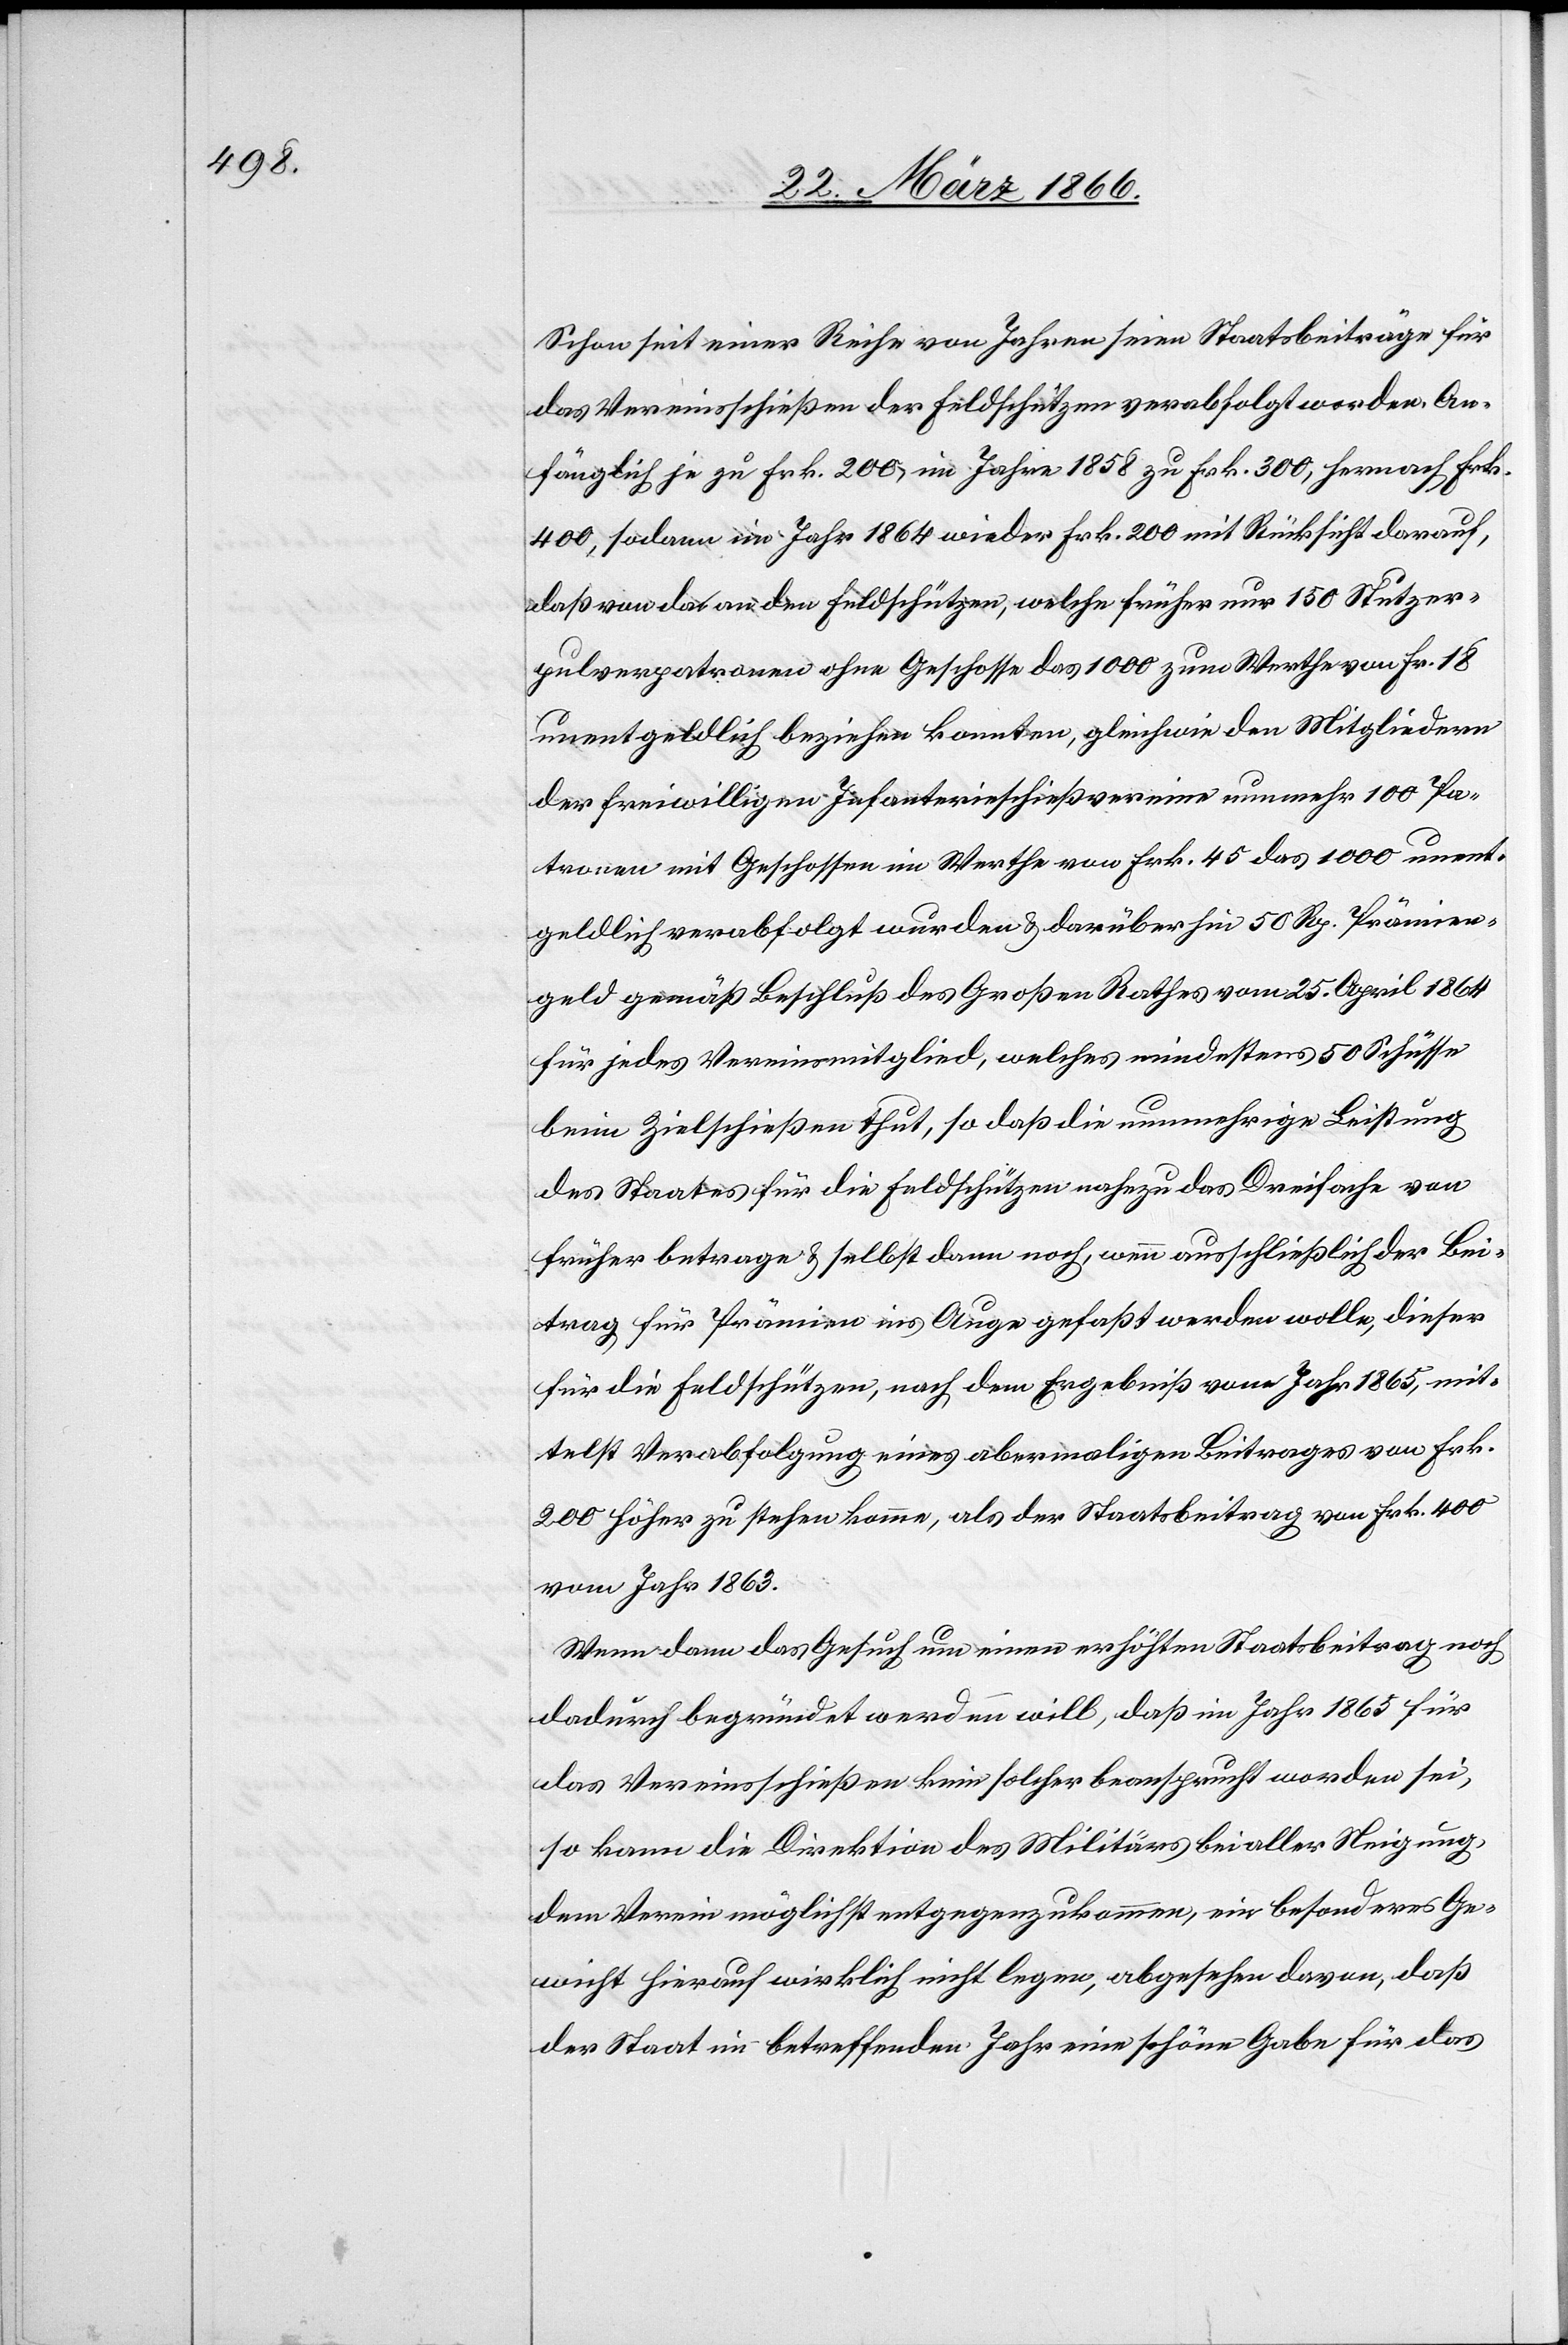
Schon seit einer Reihe von Jahren seien Staatsbeiträge für
das Vereinsschießen der Feldschützen verabfolgt worden. An¬
fänglich je zu Frk. 200, im Jahre 1858 zu Frk. 300, hernach Frk.
400, sodann im Jahr 1864 wieder Frk. 200 mit Rücksicht darauf,
daß von da an den Feldschützen, welche früher nur 150 Stutzer¬
pulverpatronen ohne Geschosse das 1000 zum Werthe von Fr. 18
unentgeltlich beziehen konnten, gleichwie den Mitgliedern
der freiwilligen Infanterieschießvereine nunmehr 100 Pa¬
tronen mit Geschossen im Werthe von Frk. 45 das 1000 unent¬
geltlich verabfolgt wurden u. darüber hin 50 Rp. Prämien¬
geld gemäß Beschluß des Großen Rathes vom 25. April 1864
für jedes Vereinsmitglied, welches mindestens 50 Schüsse
beim Zielschießen thut, so daß die nunmehrige Leistung
des Staates für die Feldschützen nahezu das Dreifache von
früher betrage u. selbst dann noch, wenn ausschließlich der Bei¬
trag für Prämien ins Auge gefaßt werden wolle, dieser
für die Feldschützen, nach dem Ergebniß vom Jahr 1865, mit¬
telst Verabfolgung eines abermaligen Beitrages von Frk.
200 höher zu stehen komme, als der Staatsbeitrag von Frk. 400
vom Jahr 1863.
Wenn dann das Gesuch um einen erhöhten Staatsbeitrag noch
dadurch begründet werden will, daß im Jahr 1865 für
das Vereinsschießen kein solcher beansprucht worden sei,
so kann die Direktion des Militärs bei aller Neigung,
dem Verein möglichst entgegenzukommen, ein besonderes Ge¬
wicht hierauf wirklich nicht legen, abgesehen davon, daß
der Staat im betreffenden Jahr eine schöne Gabe für das